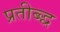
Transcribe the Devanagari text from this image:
प्रतीब्द्ध